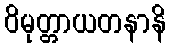
ဝိမုတ္တာယတနာနိ